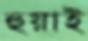
হুয়াই